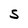
Character: S